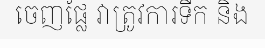
ចេញផ្លែ វាត្រូវការទឹក និង